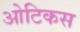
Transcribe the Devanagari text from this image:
ओटिकस